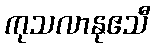
ကုသလာနုဧသီ